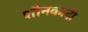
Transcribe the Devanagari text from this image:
शौनकादी